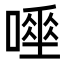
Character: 𠾊